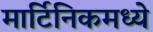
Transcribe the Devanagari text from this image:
मार्टिनिकमध्ये